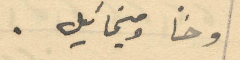
وحنا وميخائيل.